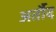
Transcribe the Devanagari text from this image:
अर्तौद